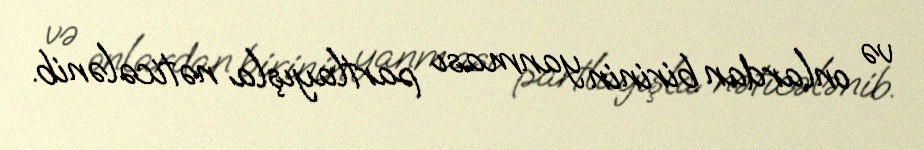
və onlardan birinin yanması partlayışla nəticələnib.